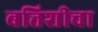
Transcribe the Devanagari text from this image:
बत्तिशीचा